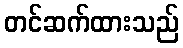
တင်ဆက်ထားသည်